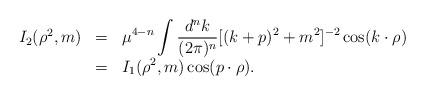
LaTeX: \begin{align*}\begin{array}{rcl}I_2(\rho^2,m)&=&\displaystyle \mu^{4-n}\int\frac{d^nk}{(2\pi)^n}[(k+p)^2+m^2]^{-2}\cos(k\cdot \rho)\\&=&\displaystyle I_1(\rho^2,m)\cos(p\cdot \rho).\end{array}\end{align*}